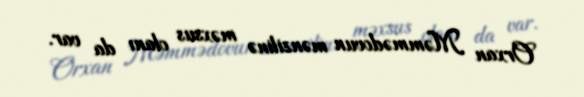
Orxan Məmmədovun mənzilinə məxsus olanı da var.